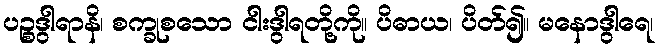
ပဉ္စဒွါရာနိ၊ စက္ခုစသော ငါးဒွါရတို့ကို။ ပိဓာယ၊ ပိတ်၍။ မနောဒွါရေ၊